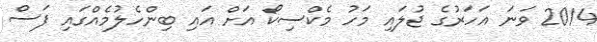
2014 ވަނަ އަހަރުގެ ޖުލައި މަހު މެކްސިކޯ އަށް އައި ބިންހެލުމެއްގައި ފަސް